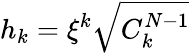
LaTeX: h_{k}=\xi^{k}\sqrt{C_{k}^{N-1}}